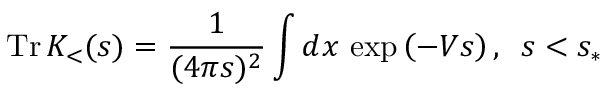
\mathrm { T r } \, K _ { < } ( s ) = \frac { 1 } { ( 4 \pi s ) ^ { 2 } } \int d x \, \exp \left( - V s \right) , \, \, \, s < s _ { \ast }